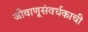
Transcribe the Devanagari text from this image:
जीवाणूसंवर्धकाची